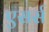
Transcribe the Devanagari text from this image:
एसर्स